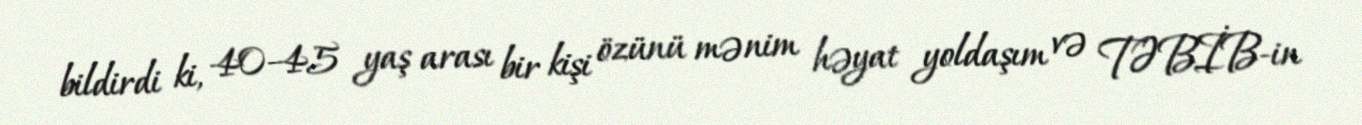
bildirdi ki, 40-45 yaş arası bir kişi özünü mənim həyat yoldaşım və TƏBİB-in